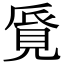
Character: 𧠨